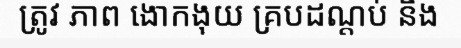
ត្រូវ ភាព ងោកងុយ គ្របដណ្តប់ និង